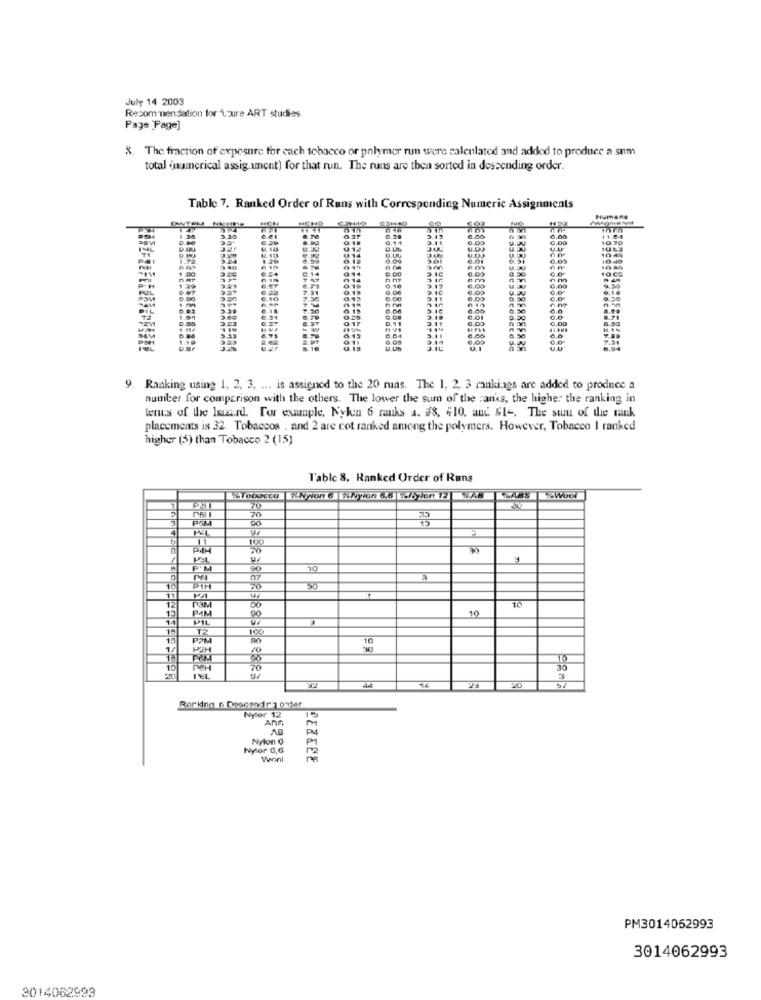
July 14 2003
Recommendation for Loure ART studies
Page Page]
8. The fraction of exposure for each tobacco or polymer run were calculated and added to produce a sum
total (numerical assignment] for that run. The runs are then sorted in descending order.
Table 7. Ranked Order of Runs with Corresponding Numeric Assignments
Humane
9. Ranking using 1, 2, 3, ... is assigned to the 20 runs. The 1, 2, 3 rankings are added to produce a
number for comparison with the others. The lower the sum of the :ancs, the higher the ranking in
tenus of the hasard. For exunple, Nylon 6 ranks a. #8, #10, and #1 -. The sum of the rank
placements is 32. Tobaccos . and 2 are rot ranked among the polymers. However, Tobacco I ranked
higher (5) than Tobacco 2 (15)
Table 8. Ranked Order of Runs
Tobacco XNyion 6 %Nylon
Tion 12 | %A8
LABS WOOL
20
3
PAT
70
PAR
P'M
10
10
11
30
13
10
10
PIM
T2
100
PPM
10
10
10
70
30
20
44
20
Barking n Descendra o'der
Nyfor 12
15
Nylon Q
PI
Nyfor G,6
PM3014052993
3014062993
3014062999